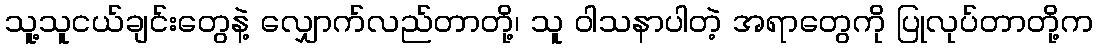
သူ့သူငယ်ချင်းတွေနဲ့ လျှောက်လည်တာတို့၊ သူ ဝါသနာပါတဲ့ အရာတွေကို ပြုလုပ်တာတို့က